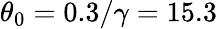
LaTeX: \theta_{0}=0.3/\gamma=15.3